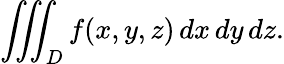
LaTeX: \iiint_{D}f(x,y,z)\, dx\, dy\, dz.